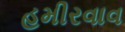
હમીરવાવ